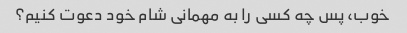
خوب، پس چه کسی را به مهمانی شام خود دعوت کنیم؟